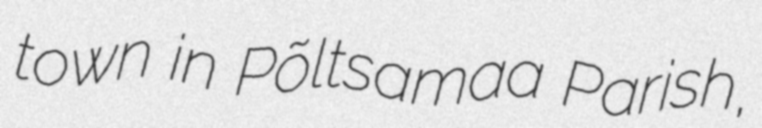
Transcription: town in Põltsamaa Parish,